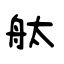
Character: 舦